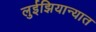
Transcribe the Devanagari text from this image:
लुईझियान्यात